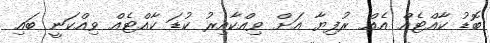
ބޮޑު ކާއްޓެއް އެއް ރުފިޔާ އަށް ވިއްކާއިރު ކުޑަ ކާއްޓެއް ވިއްކަނީ ބައި